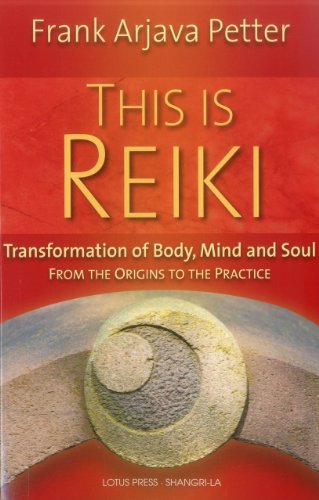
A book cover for This is Reiki: Transformation of Body, Mind and Soul from the Origins to the Practice; Frank Arjava Petter; Health, Fitness & Dieting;